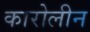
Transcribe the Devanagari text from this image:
कारोलीन